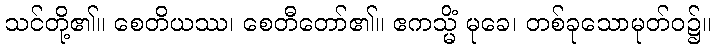
သင်တို့၏။ စေတိယဿ၊ စေတီတော်၏။ ဧကသ္မိံ မုခေ၊ တစ်ခုသောမုတ်ဝ၌။